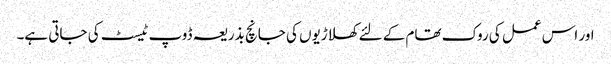
اور اس عمل کی روک تھام کے لئے کھلاڑیوں کی جانچ بذریعہ ڈوپ ٹیسٹ کی جاتی ہے۔